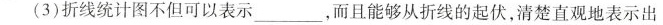
(3)折线统计图不但可以表示___，而且能够从折线的起伏，清楚直观地表示出